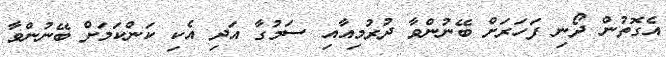
އެގޮތުން ދޯނި ފަހަރަށް ބޭނުންވާ ދުރުމިއާއި ސަމުގާ އަދި އެކި ކަންކަމަށް ބޭނުންވާ